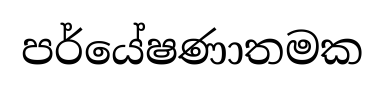
පර්යේෂණාතමක